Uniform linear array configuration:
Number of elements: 32
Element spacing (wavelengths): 0.5
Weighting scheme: kaiser
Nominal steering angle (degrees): -15
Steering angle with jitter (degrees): -15.839
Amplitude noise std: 0.05
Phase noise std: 0.05

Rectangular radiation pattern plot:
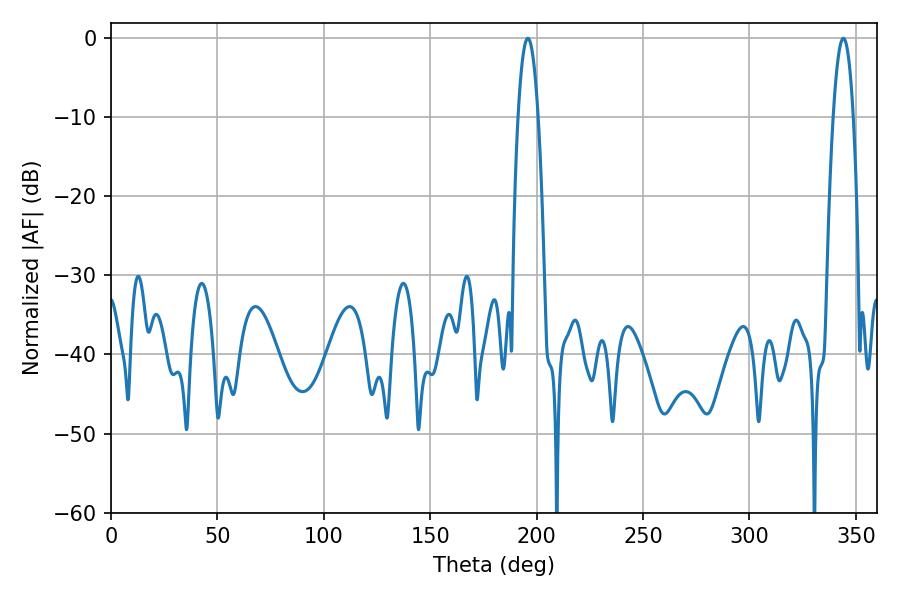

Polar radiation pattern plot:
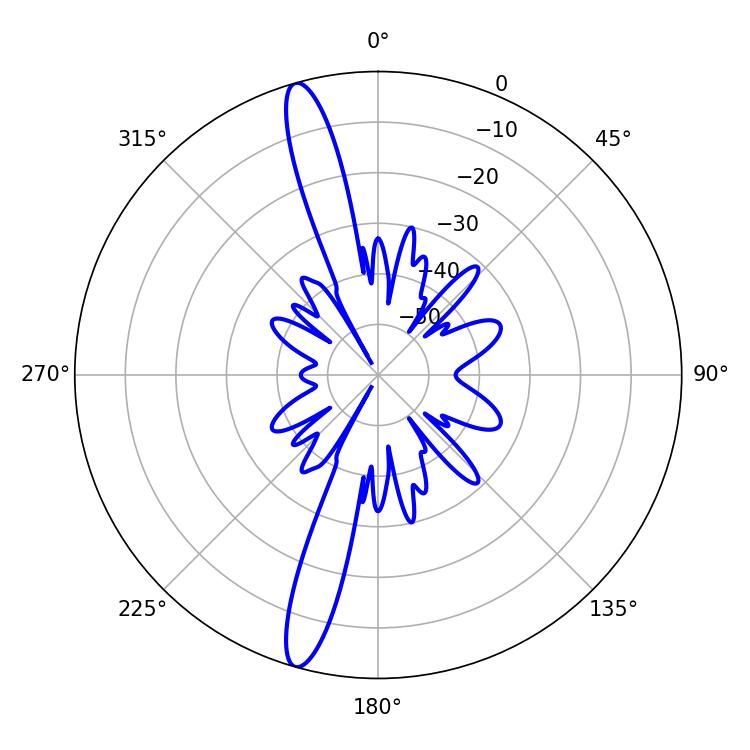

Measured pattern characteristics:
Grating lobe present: FALSE
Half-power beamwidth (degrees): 5.22
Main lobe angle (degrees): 195.84